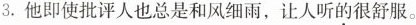
3.他即使批评人也总是和风细雨，让人听的很舒服。